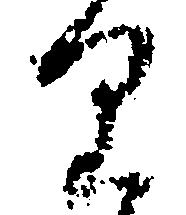
り